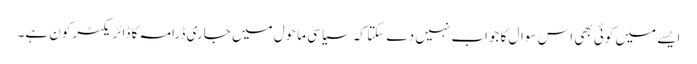
ایسے میں کوئی بھی اس سوال کا جواب نہیں دے سکتا کہ سیاسی ماحول میں جاری ڈرامہ کا ڈائریکٹر کون ہے۔